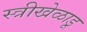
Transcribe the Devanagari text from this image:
स्त्रीखेळाडू